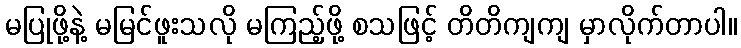
မပြုဖို့နဲ့ မမြင်ဖူးသလို မကြည့်ဖို့ စသဖြင့် တိတိကျကျ မှာလိုက်တာပါ။